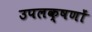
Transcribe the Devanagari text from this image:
उपलक्षणों